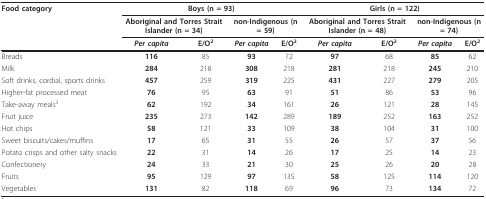
<table><thead><tr><td><b>Food category</b></td><td colspan="4"><b>Boys (n = 93)</b></td><td colspan="4"><b>Girls (n = 122)</b></td></tr><tr><td></td><td colspan="2"><b>Aboriginal and Torres Strait Islander (n = 34)</b></td><td colspan="2"><b>non-Indigenous (n = 59)</b></td><td colspan="2"><b>Aboriginal and Torres Strait Islander (n = 48)</b></td><td colspan="2"><b>non-Indigenous (n = 74)</b></td></tr><tr><td></td><td><b><i>Per capita</i></b></td><td><b>E/O<sup>2</sup></b></td><td><b><i>Per capita</i></b></td><td><b>E/O<sup>2</sup></b></td><td><b><i>Per capita</i></b></td><td><b>E/O<sup>2</sup></b></td><td><b><i>Per capita</i></b></td><td><b>E/O<sup>2</sup></b></td></tr></thead><tbody><tr><td>Breads</td><td><b>116</b></td><td>85</td><td><b>93</b></td><td>72</td><td><b>97</b></td><td>68</td><td><b>85</b></td><td>62</td></tr><tr><td>Milk</td><td><b>284</b></td><td>218</td><td><b>308</b></td><td>218</td><td><b>281</b></td><td>218</td><td><b>245</b></td><td>210</td></tr><tr><td>Soft drinks, cordial, sports drinks</td><td><b>457</b></td><td>259</td><td><b>319</b></td><td>225</td><td><b>431</b></td><td>227</td><td><b>279</b></td><td>205</td></tr><tr><td>Higher-fat processed meat</td><td><b>76</b></td><td>95</td><td><b>63</b></td><td>91</td><td><b>51</b></td><td>86</td><td><b>53</b></td><td>96</td></tr><tr><td>Take-away meals<sup>3</sup></td><td><b>62</b></td><td>192</td><td><b>34</b></td><td>161</td><td><b>26</b></td><td>121</td><td><b>28</b></td><td>145</td></tr><tr><td>Fruit juice</td><td><b>235</b></td><td>273</td><td><b>142</b></td><td>289</td><td><b>189</b></td><td>252</td><td><b>163</b></td><td>252</td></tr><tr><td>Hot chips</td><td><b>58</b></td><td>121</td><td><b>33</b></td><td>109</td><td><b>38</b></td><td>104</td><td><b>31</b></td><td>100</td></tr><tr><td>Sweet biscuits/cakes/muffins</td><td><b>17</b></td><td>65</td><td><b>31</b></td><td>55</td><td><b>26</b></td><td>57</td><td><b>37</b></td><td>56</td></tr><tr><td>Potato crisps and other salty snacks</td><td><b>22</b></td><td>31</td><td><b>14</b></td><td>26</td><td><b>17</b></td><td>25</td><td><b>14</b></td><td>23</td></tr><tr><td>Confectionery</td><td><b>24</b></td><td>33</td><td><b>21</b></td><td>30</td><td><b>25</b></td><td>26</td><td><b>20</b></td><td>28</td></tr><tr><td>Fruits</td><td><b>95</b></td><td>129</td><td><b>97</b></td><td>135</td><td><b>58</b></td><td>125</td><td><b>114</b></td><td>120</td></tr><tr><td>Vegetables</td><td><b>131</b></td><td>82</td><td><b>118</b></td><td>69</td><td><b>96</b></td><td>73</td><td><b>134</b></td><td>72</td></tr></tbody></table>